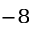
^ { - 8 }